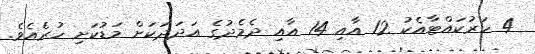
4 ހަރުކައްޓާއެކު 12 އާއި 14 އާއި ދެމެދުގެ އަދަދަކަށް މަޑުކަށި ހުރެއެވެ.